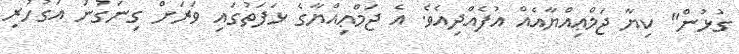
ގުޅުން" ކިޔާ ޖަމްޢިއްޔާއެއް އުފެއްދިއެވެ. އެ ޖަމްޢިއްޔާގެ ޅަފަތުގައި ވަރަށް ގިނަގުނަ އަގުހުރި